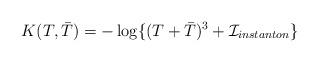
LaTeX: \begin{align*}K(T, {\bar T})= -\log\{( T+ {\bar T})^3 + {\cal I}_{instanton} \}\end{align*}